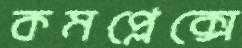
কমপ্লেক্সে